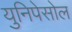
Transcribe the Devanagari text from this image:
युनिपेसोल